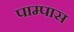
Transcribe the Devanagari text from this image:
पाम्पास